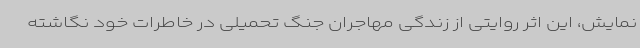
نمایش، این اثر روایتی از زندگی مهاجران جنگ تحمیلی در خاطرات خود نگاشته